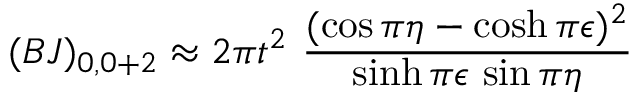
( B J ) _ { 0 , 0 + 2 } \approx 2 \pi t ^ { 2 } ~ \frac { ( \cos \pi \eta - \cosh \pi \epsilon ) ^ { 2 } } { \sinh \pi \epsilon \, \sin \pi \eta }